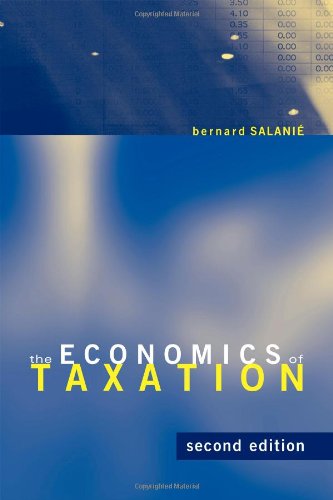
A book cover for The Economics of Taxation; Bernard SalaniÃ©; Business & Money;